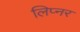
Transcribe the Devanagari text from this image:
लिप्नर